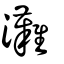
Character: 灘